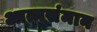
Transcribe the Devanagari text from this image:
आत्मसंमान